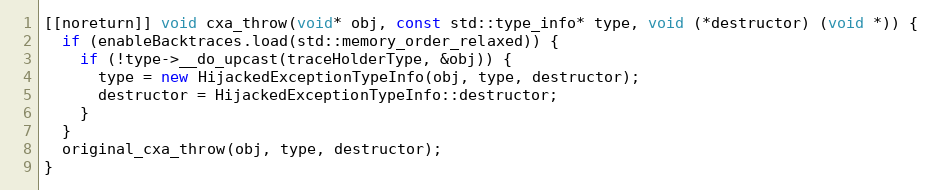
Language: C++
[[noreturn]] void cxa_throw(void* obj, const std::type_info* type, void (*destructor) (void *)) {
  if (enableBacktraces.load(std::memory_order_relaxed)) {
    if (!type->__do_upcast(traceHolderType, &obj)) {
      type = new HijackedExceptionTypeInfo(obj, type, destructor);
      destructor = HijackedExceptionTypeInfo::destructor;
    }
  }
  original_cxa_throw(obj, type, destructor);
}